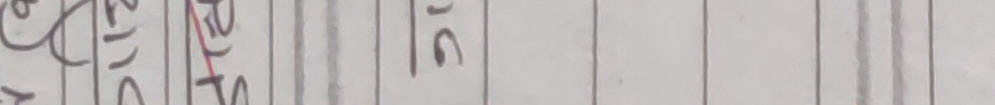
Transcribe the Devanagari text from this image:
७२७१७